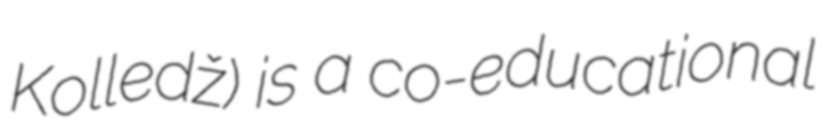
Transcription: Kolledž) is a co-educational